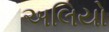
અલિયો